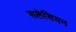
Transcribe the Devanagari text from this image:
सलेसियन